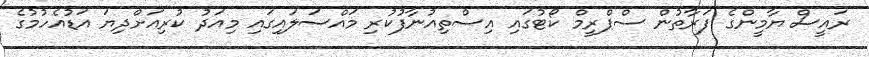
ރައީސް ޔާމީންގެ ފަރާތުން ސްޕްރީމް ކޯޓުގައި އިސްތިއުނާފުކުރި މައްސަލައިގައި މިއަދު ކުރިއަށްދިޔަ އަޑުއެހުމުގެ